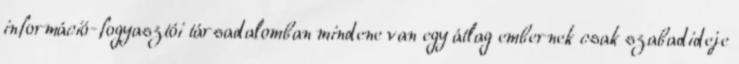
információ-fogyasztói társadalomban mindene van egy átlag embernek csak szabadideje